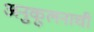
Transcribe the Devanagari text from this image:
अनुकूलनाची